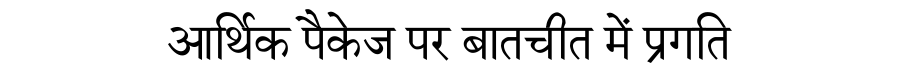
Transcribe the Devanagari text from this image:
आर्थिक पैकेज पर बातचीत में प्रगति